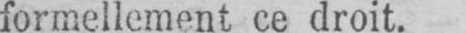
formellement ce droit.